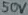
Text: 50V